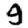
Digit: 9